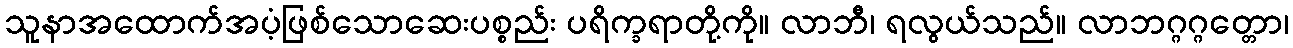
သူနာအထောက်အပံ့ဖြစ်သောဆေးပစ္စည်း ပရိက္ခရာတို့ကို။ လာဘီ၊ ရလွယ်သည်။ လာဘဂ္ဂဂ္ဂတ္တော၊